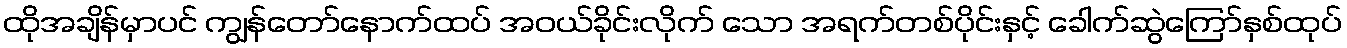
ထိုအချိန်မှာပင် ကျွန်တော်နောက်ထပ် အဝယ်ခိုင်းလိုက် သော အရက်တစ်ပိုင်းနှင့် ခေါက်ဆွဲကြော်နှစ်ထုပ်